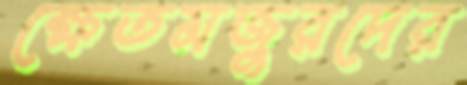
ক্ষেতমজুরদের